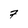
Character: 7